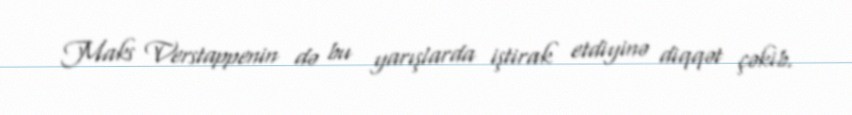
Maks Verstappenin də bu yarışlarda iştirak etdiyinə diqqət çəkib.